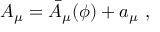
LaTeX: A _ { \mu } = \bar { A } _ { \mu } ( \phi ) + a _ { \mu } \ ,